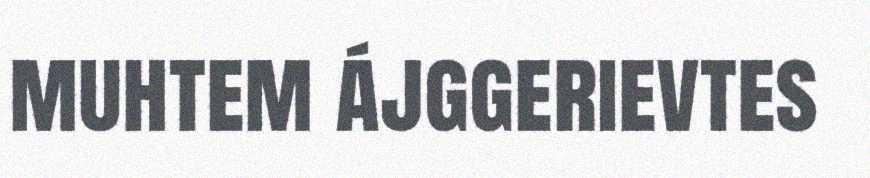
muhtem ájggerievtes